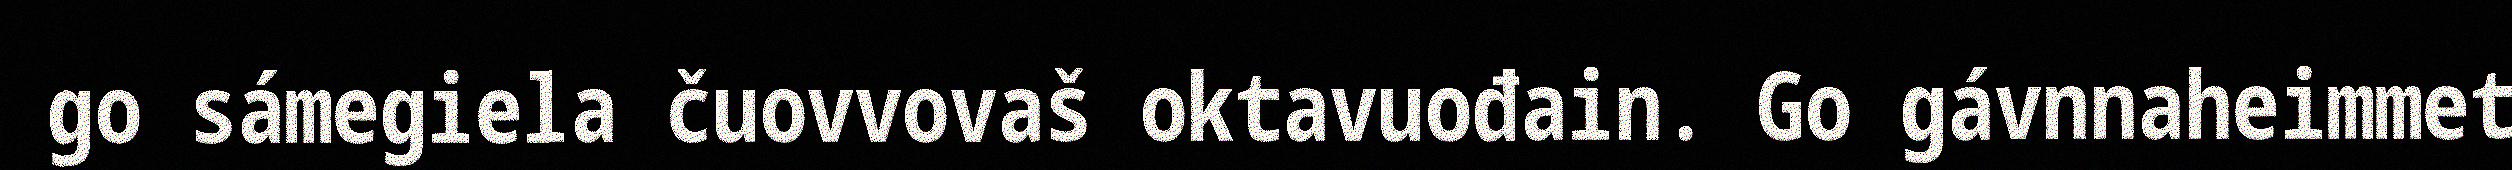
go sámegiela čuovvovaš oktavuođain. Go gávnnaheimmet